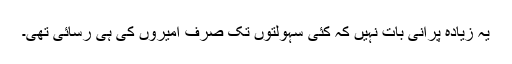
یہ زیادہ پرانی بات نہیں کہ کئی سہولتوں تک صرف امیروں کی ہی رسائی تھی۔